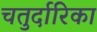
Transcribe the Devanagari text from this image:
चतुर्दारिका